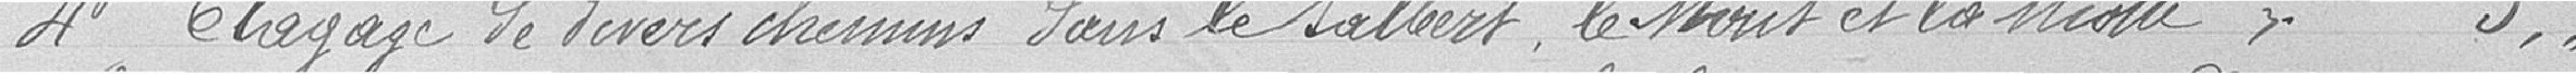
4° Elagage de divers chemins dans le Salbert, le Mont et la Miotte    //          5,//